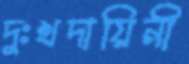
দুঃখদায়িনী